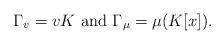
LaTeX: \begin{align*}\Gamma_v=vK\mbox{ and }\Gamma_\mu= \mu(K[x]).\end{align*}